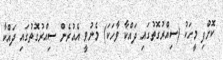
ކޮށްފި މީހަކު (ސިއްރުގޮތުގައި ދައްކާ ވާހަކަ) މެނުވީ އެއުރެން ސިއްރުގޮތުގައި ދައްކާ